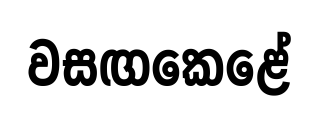
වසඟකෙළේ